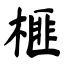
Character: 榧